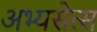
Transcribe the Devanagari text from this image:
अभ्यसेत्स